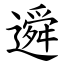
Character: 䢬